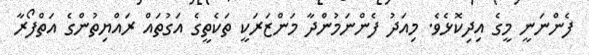
ފެންނަނީ މީގެ އިދިކޮޅެވެ. މިއަދު ފެންނަމުންދާ މަންޒަރަކީ ތަކެތީގެ އަގުތައް ރައްޔިތުންގެ އަތްފޯރާ